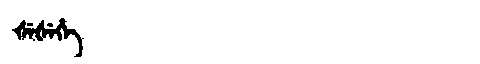
Manchu: ᡧᡝᡧᡝᡥᡝ
Romanization: ŠEŠEHE